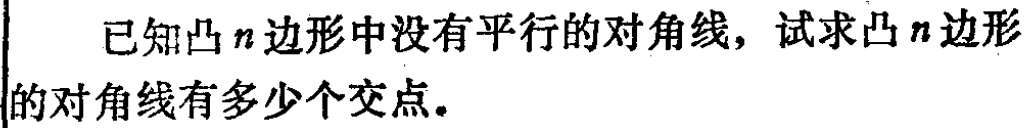
已知凸\(n\)边形中没有平行的对角线，试求凸\(n\)边形的对角线有多少个交点。